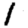
Digit: 1